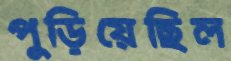
পুড়িয়েছিল